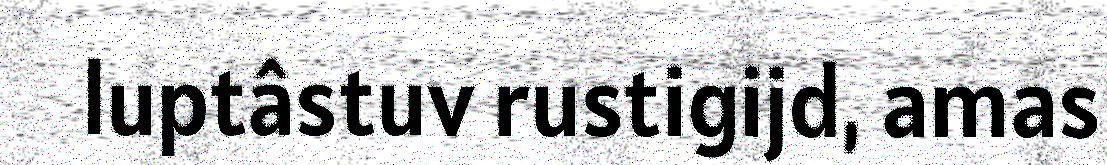
luptâstuv rustigijd, amas